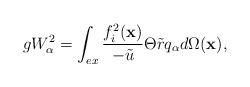
LaTeX: \begin{align*}gW_{\alpha }^{2}=\int_{ex}\frac{f_{i}^{2}(\mathbf{x})}{-\tilde{u}}\Theta \tilde{r}q_{\alpha }d\Omega (\mathbf{x}), \end{align*}